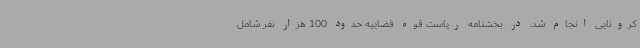
کرونایی انجام شد، در بخشنامه ریاست قوه قضاییه حدود 100 هزار نفر شامل